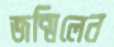
জন্মিলেন